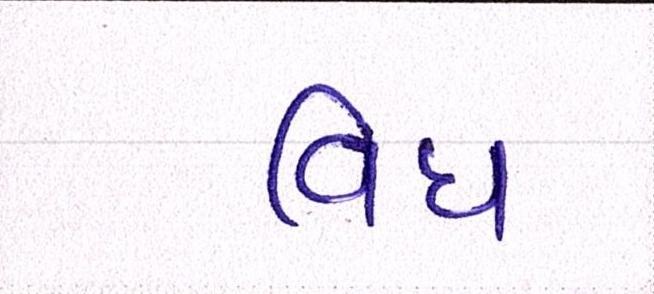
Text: વિધ